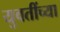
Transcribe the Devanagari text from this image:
युवतींच्या